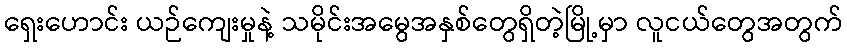
ရှေးဟောင်း ယဉ်ကျေးမှုနဲ့ သမိုင်းအမွေအနှစ်တွေရှိတဲ့မြို့မှာ လူငယ်တွေအတွက်